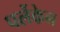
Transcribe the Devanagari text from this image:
पर्लेकेन